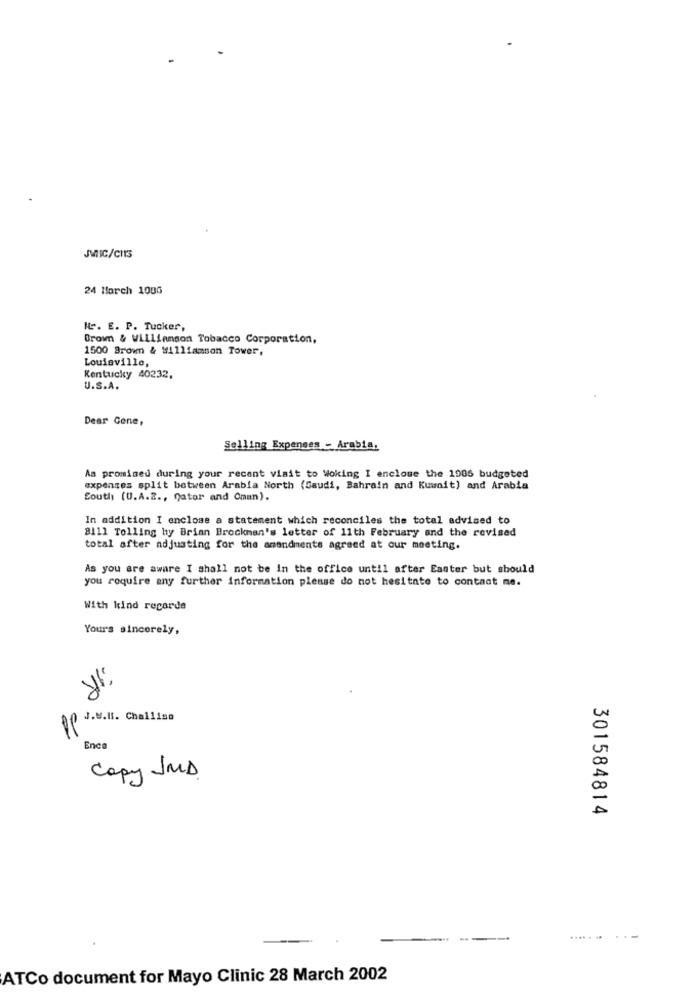
JMIC/CHIS
24 March 100G
I. E. P. Tucker,
Brown & Williamson Tobacco Corporation,
1500 Brown & #4111amson Tower,
Louisville,
Kentucky 40232,
U.S.A.
Dear Gene,
Selling Expenses - Arabia.
As promised during your recent visit to Woking I enclose the 1986 budgeted
expenses split between Arabia North (Saudi, Bahrain and Kuwait) and Arabia
South (U.A.Z ., Qatar and Oman).
In addition I enclose a statement which reconciles the total advised to
8111 Tolling by Brian Brockman's letter of 11th February and the revised
total after adjusting for the amendments agreed at our meeting.
As you are aware I shall not be In the office until after Easter but should
you require any further information please do not hesitate to contact me.
With kind recorde
Yours sincerely,
PP F.S.I. Challiss
Enca
Copy JMD
301584814
--
ATCo document for Mayo Clinic 28 March 2002